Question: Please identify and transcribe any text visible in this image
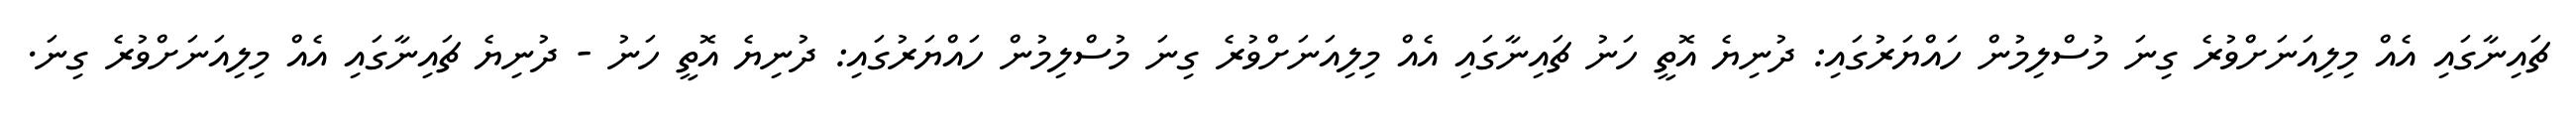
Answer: ޗައިނާގައި އެއް މިލިއަނަށްވުރެ ގިނަ މުސްލިމުން ހައްޔަރުގައި: ދުނިޔެ އޮތީ ހަނު ޗައިނާގައި އެއް މިލިއަނަށްވުރެ ގިނަ މުސްލިމުން ހައްޔަރުގައި: ދުނިޔެ އޮތީ ހަނު - ދުނިޔެ ޗައިނާގައި އެއް މިލިއަނަށްވުރެ ގިނަ.